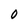
Character: O